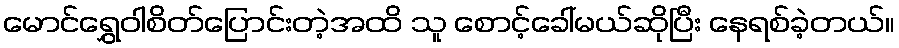
မောင်ရွှေဝါစိတ်ပြောင်းတဲ့အထိ သူ စောင့်ခေါ်မယ်ဆိုပြီး နေရစ်ခဲ့တယ်။